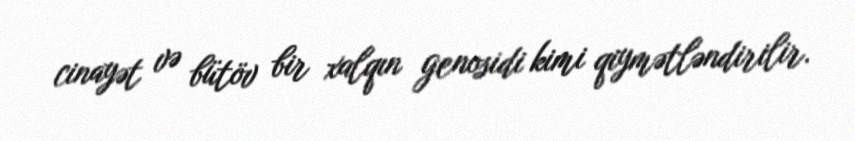
cinayət və bütöv bir xalqın genosidi kimi qiymətləndirilir.